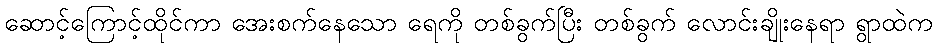
ဆောင့်ကြောင့်ထိုင်ကာ အေးစက်နေသော ရေကို တစ်ခွက်ပြီး တစ်ခွက် လောင်းချိုးနေရာ ရွာထဲက